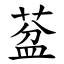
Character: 葐